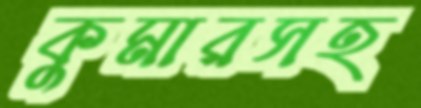
কুমারসহ